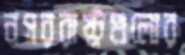
নগররাষ্ট্রগুলোর